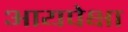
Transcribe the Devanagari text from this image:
आयपेक्षा